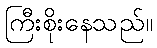
ကြီးစိုးနေသည်။